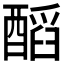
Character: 𨢝